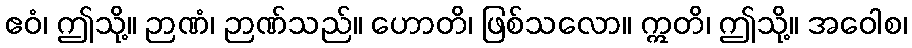
ဧဝံ၊ ဤသို့။ ဉာဏံ၊ ဉာဏ်သည်။ ဟောတိ၊ ဖြစ်သလော။ ဣတိ၊ ဤသို့။ အဝေါစ၊